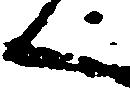
く